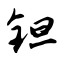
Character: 钽